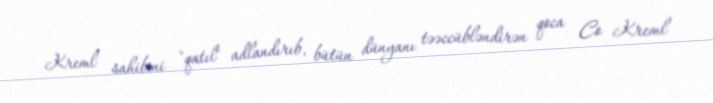
Kreml sahibini "qatıl" adlandırıb, bütün dünyanı təəccübləndirən qoca Co Kreml